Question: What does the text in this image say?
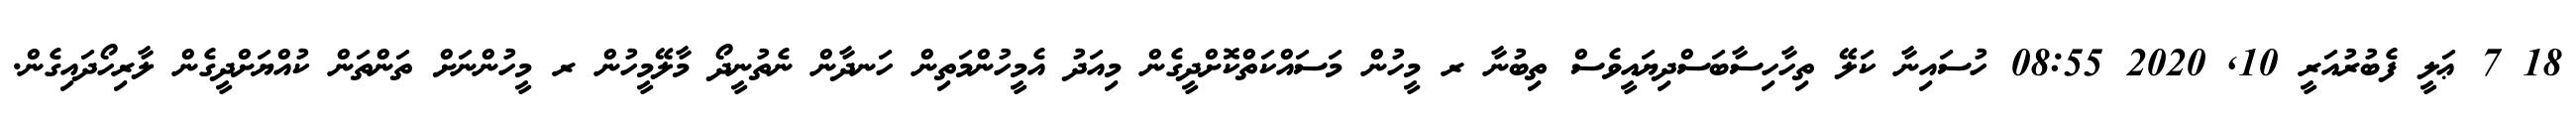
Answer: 18 7 ޢަލީ ފެބުރުއަރީ 10, 2020 08:55 ހުސައިނާ ކަލޭ ތިހާހިސާބަސްދިޔައީވެސް ތިބުނާ ރ މީހުން މަސައްކަތްކޮށްދީގެން މިއަދު އެމީހުންމަތިން ހަނދާން ނެތުނީދޯ މާލޭމީހުން ރ މީހުންނަށް ތަންތަން ކުއްޔަށްދީގެން ލާރިހޯދައިގެން.